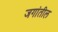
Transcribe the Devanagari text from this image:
जगांतील